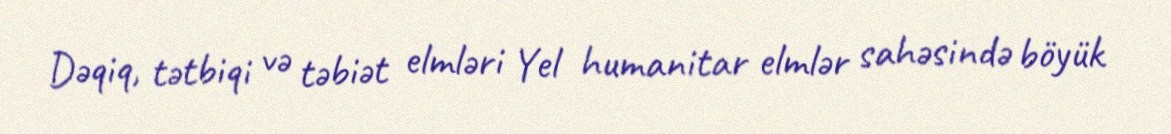
Dəqiq, tətbiqi və təbiət elmləri Yel humanitar elmlər sahəsində böyük